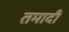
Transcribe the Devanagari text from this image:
तमादी